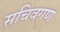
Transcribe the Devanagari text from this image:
सचिवगण